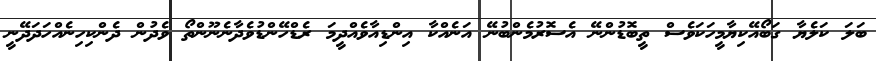
ބަލަ ކަލެޔާ ގަބޯއޭކިޔާމީހަކަވެސް ތީބޮޑުންނޭ އެސޮރުމެންބުނޭ އަނެއްކާ އިންޑިއާވެއްދީމަ ރެޑްހޭންޑުވެދާނެނޫންތޯ ވެދުން ދެންކިހިނެއްހަދަދޭނީ